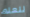
للعلم